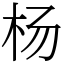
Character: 杨